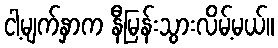
ငါ့မျက်နှာက နီမြန်းသွားလိမ့်မယ်။